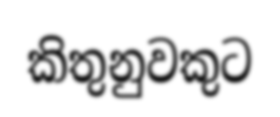
කිතුනුවකුට